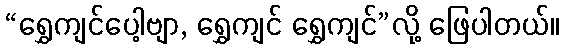
“ရွှေကျင်ပေါ့ဗျာ, ရွှေကျင် ရွှေကျင်”လို့ ဖြေပါတယ်။